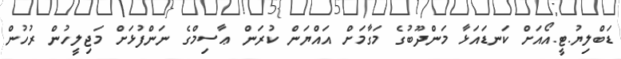
ޑަބްލިޔު.ޓީ.އޯއަށް ކަނޑައަޅާ މަންދޫބުގެ މަގާމަށް އައްޔަން ކުރަން ޢާސިމްގެ ނަންފުޅަށް މަޖިލީހުން ރުހުން